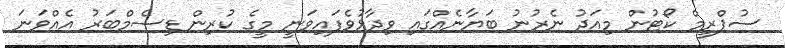
ސުޕްރީމް ކޯޓުން މިއަދު ނެރުނު ބަޔާނެއްގައި ވިދާޅުވެފައިވަނީ މީގެ ކުރިން ޑިސެމްބަރު އެއްވަނަ